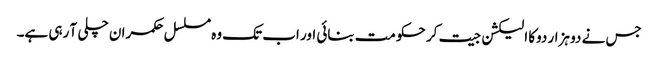
جس نے دو ہزار دوکا الیکشن جیت کر حکومت بنائی اور اب تک وہ مسلسل حکمران چلی آ رہی ہے۔